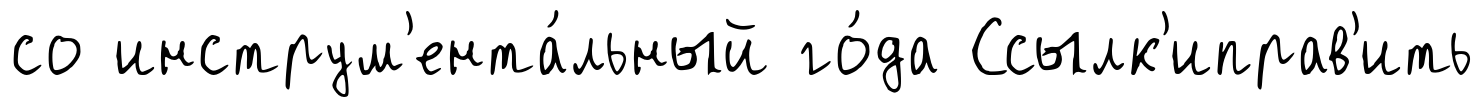
со инструм'ента́льный го́да Ссылк'иправ'ить